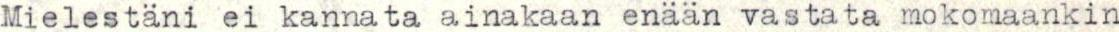
Mielestäni ei kannata ainakaan enään vastata mokomaankin